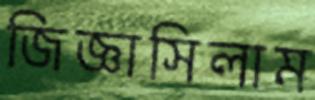
জিজ্ঞাসিলাম